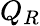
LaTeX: Q_{R}